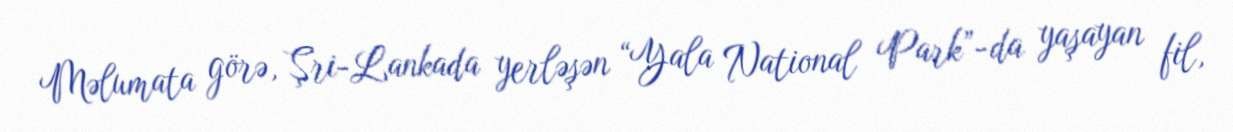
Məlumata görə, Şri-Lankada yerləşən “Yala National Park”-da yaşayan fil,